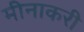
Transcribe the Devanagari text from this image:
मीनाकरी